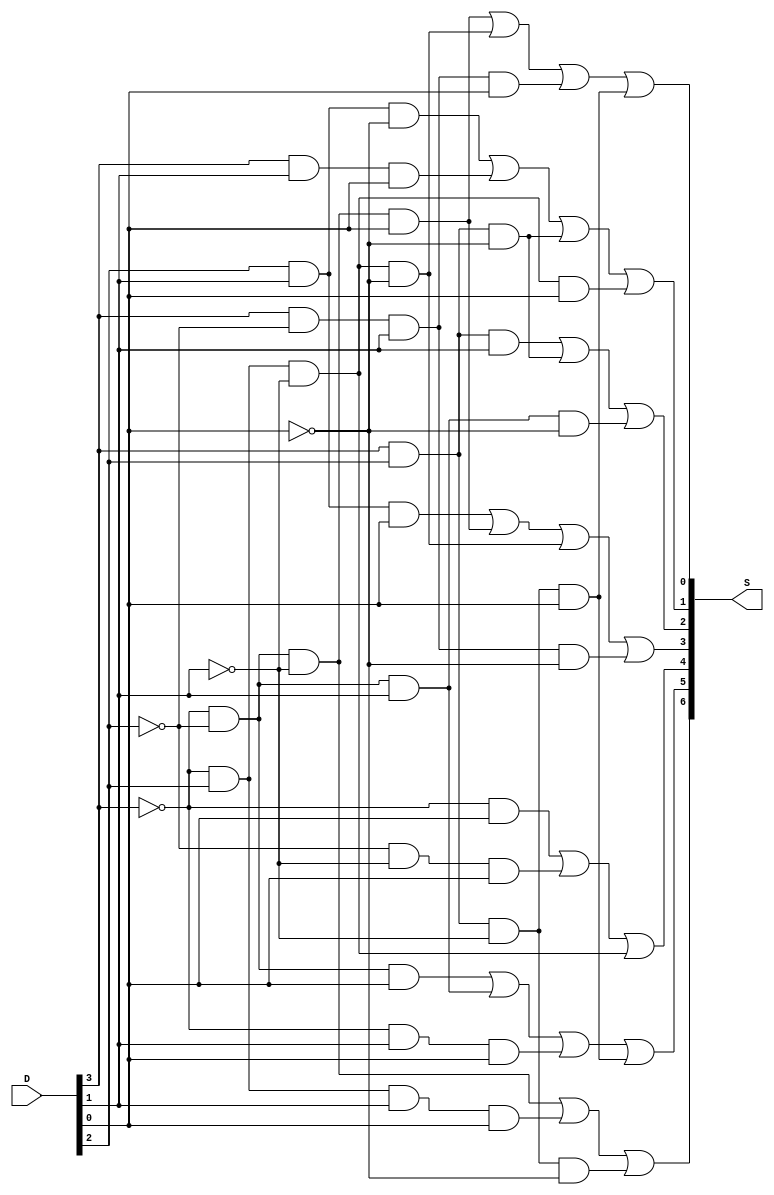
`timescale 1ns / 1ps
//////////////////////////////////////////////////////////////////////////////////
// Company: 
// Engineer: 
// 
// Design Name: 
// Module Name: segmentDecoder
// Project Name: 
// Target Devices: 
// Tool Versions: 
// Description: 
// 
// Dependencies: 
// 
// Revision:
// Revision 0.01 - File Created
// Additional Comments:
// 
//////////////////////////////////////////////////////////////////////////////////

module segmentDecoder(D,S);
  input [3:0] D; //since we have 4 inputs, we use [3:0]
  output [6:0] S; //since we have 7 outputs from Sg to Sa, we use [6:0]
//    );

    assign S[0] = (~D[3] & ~D[2] & ~D[1] & D[0]) || (~D[3] & D[2] & ~D[1] & ~D[0]) || (D[3] & ~D[2] & D[1] & D[0]) || (D[3] & D[2] & ~D[1] & D[0]); // Output for Sa

    assign S[1] = (D[2] & D[1] & ~D[0]) || (D[3] & D[1]& D[0]) || (D[3] & D[2] & ~D[0]) || (~D[3] & D[2] & ~D[1] & D[0]); // Output for Sb

    assign S[2] = (D[3] & D[2] & D[1]) || (D[3] & D[2] & ~D[0]) || (~D[3] & ~D[2] & D[1] & ~D[0]); // Output for Sc

    assign S[3] = (D[2] & D[1] & D[0]) || (~D[3] & ~D[2] & ~D[1] & D[0]) || (~D[3] & D[2] & ~D[1] & ~D[0]) || (D[3] & ~D[2] & D[1] & ~D[0]); // Output for Sd

    assign S[4] = (~D[3] & D[0]) || (~D[2] & ~D[1] & D[0]) || (~D[3] & D[2] & ~D[1]); // Output for Se

    assign S[5] = (~D[3] & ~D[2] & D[0]) || (~D[3] & ~D[2] & D[1]) || (~D[3] & D[1] & D[0]) || (D[3] & D[2] & ~D[1] & D[0]); // Output for Sf

    assign S[6] = (~D[3] & ~D[2] & ~D[1]) || (~D[3] & D[2] & D[1]& D[0]) || (D[3]& D[2] & ~D[1] & ~D[0]); // Output for Sg
endmodule